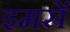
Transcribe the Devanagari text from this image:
इमसें